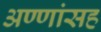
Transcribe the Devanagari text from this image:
अण्णांसह